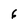
Character: 6